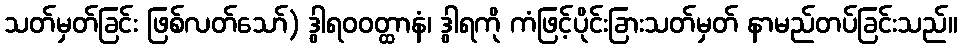
သတ်မှတ်ခြင်း ဖြစ်လတ်သော်) ဒွါရဝဝတ္ထာနံ၊ ဒွါရကို ကံဖြင့်ပိုင်းခြားသတ်မှတ် နာမည်တပ်ခြင်းသည်။